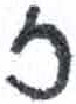
אות: ז